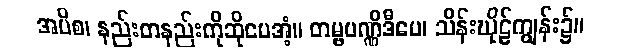
အပိစ၊ နည်းတနည်းကိုဆိုပေအံ့။ တမ္ဗပဏ္ဏိဒီပေ၊ သိန်းဃိုဠ်ကျွန်း၌။